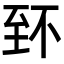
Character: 𦤹